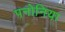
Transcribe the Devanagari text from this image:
पनोनिया